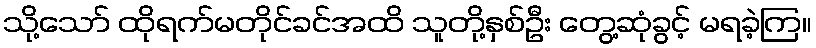
သို့သော် ထိုရက်မတိုင်ခင်အထိ သူတို့နှစ်ဦး တွေ့ဆုံခွင့် မရခဲ့ကြ။